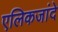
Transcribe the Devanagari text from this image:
एलिकजांदे